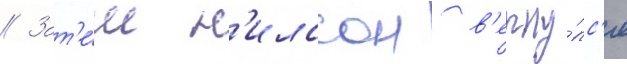
// Зат'е́м н'илссон в'ерну́лс'я